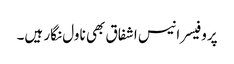
پروفیسر انیس اشفاق بھی ناول نگار ہیں۔